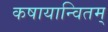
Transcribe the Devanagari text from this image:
कषायान्वितम्